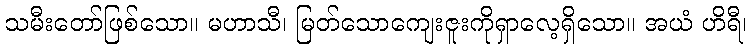
သမီးတော်ဖြစ်သော။ မဟာသီ၊ မြတ်သောကျေးဇူးကိုရှာလေ့ရှိသော။ အယံ ဟိရီ၊